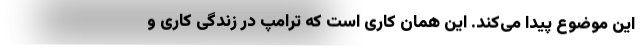
این موضوع پیدا می‌کند. این همان کاری است که ترامپ در زندگی کاری و